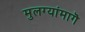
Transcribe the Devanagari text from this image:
मुलग्यांमागॆ